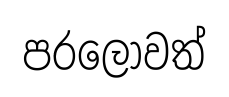
පරලොවත්